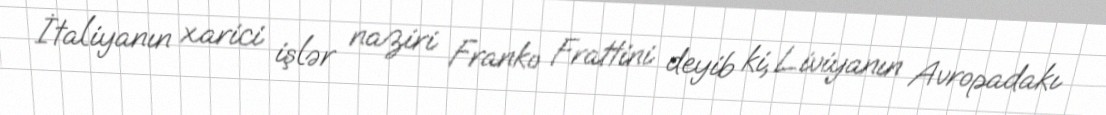
İtaliyanın xarici işlər naziri Franko Frattini deyib ki, Liviyanın Avropadakı